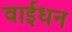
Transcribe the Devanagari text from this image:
वाईधन